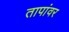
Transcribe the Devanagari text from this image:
तापांवर